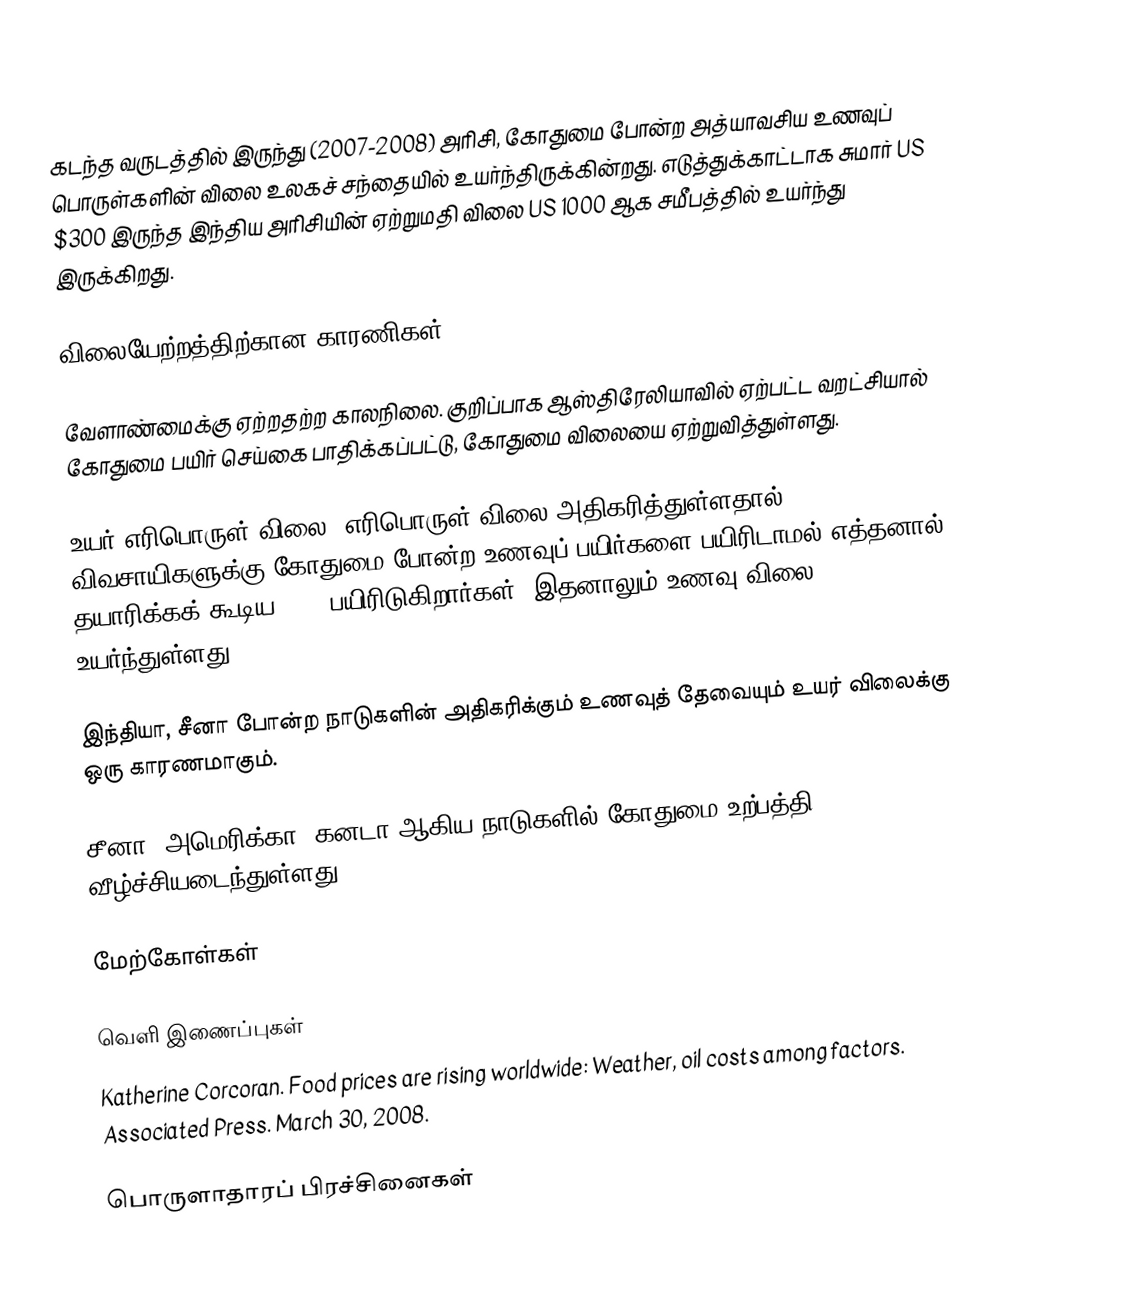
கடந்த வருடத்தில் இருந்து (2007-2008) அரிசி, கோதுமை போன்ற அத்யாவசிய உணவுப் பொருள்களின் விலை உலகச் சந்தையில் உயர்ந்திருக்கின்றது. எடுத்துக்காட்டாக சுமார் US $300  இருந்த இந்திய அரிசியின் ஏற்றுமதி விலை US 1000 ஆக சமீபத்தில் உயர்ந்து இருக்கிறது.

விலையேற்றத்திற்கான காரணிகள்

 வேளாண்மைக்கு ஏற்றதற்ற காலநிலை. குறிப்பாக ஆஸ்திரேலியாவில் ஏற்பட்ட வறட்சியால் கோதுமை பயிர் செய்கை பாதிக்கப்பட்டு, கோதுமை விலையை ஏற்றுவித்துள்ளது.

 உயர் எரிபொருள் விலை. எரிபொருள் விலை அதிகரித்துள்ளதால், விவசாயிகளுக்கு கோதுமை போன்ற உணவுப் பயிர்களை பயிரிடாமல் எத்தனால் தயாரிக்கக் கூடிய corn பயிரிடுகிறார்கள். இதனாலும் உணவு விலை உயர்ந்துள்ளது.

 இந்தியா, சீனா போன்ற நாடுகளின் அதிகரிக்கும் உணவுத் தேவையும் உயர் விலைக்கு ஒரு காரணமாகும்.

 சீனா, அமெரிக்கா, கனடா ஆகிய நாடுகளில் கோதுமை உற்பத்தி வீழ்ச்சியடைந்துள்ளது.

மேற்கோள்கள்

வெளி இணைப்புகள்
 Katherine Corcoran. Food prices are rising worldwide: Weather, oil costs among factors. Associated Press. March 30, 2008.

பொருளாதாரப் பிரச்சினைகள்